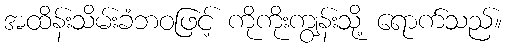
အထိန်းသိမ်းခံဘဝဖြင့် ကိုကိုးကျွန်းသို့ ရောက်သည်။